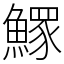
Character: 𩻄